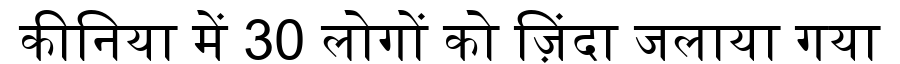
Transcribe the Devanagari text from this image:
कीनिया में 30 लोगों को ज़िंदा जलाया गया